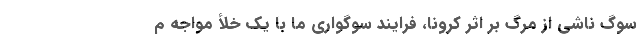
سوگ ناشی از مرگ بر اثر کرونا، فرایند سوگواری ما با یک خلأ مواجه م